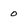
Character: 0